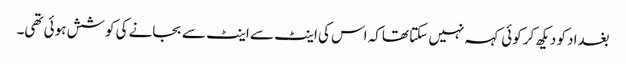
بغداد کو دیکھ کر کوئی کہہ نہیں سکتا تھاکہ اس کی اینٹ سے اینٹ سے بجانے کی کوشش ہوئی تھی۔